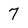
Character: 7